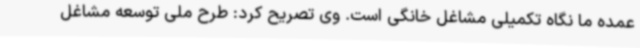
عمده ما نگاه تکمیلی مشاغل خانگی است. وی تصریح کرد: طرح ملی توسعه مشاغل